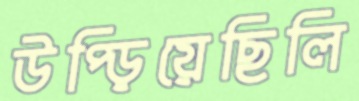
উপ্‌ড়িয়েছিলি